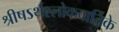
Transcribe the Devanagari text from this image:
श्रीषऽर्थश्लोकवार्तिके